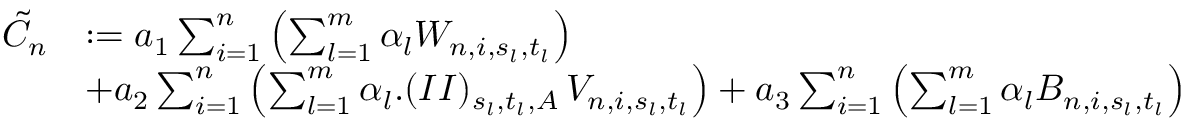
\begin{array} { r l } { \tilde { C } _ { n } } & { : = a _ { 1 } \sum _ { i = 1 } ^ { n } \left( \sum _ { l = 1 } ^ { m } \alpha _ { l } W _ { n , i , s _ { l } , t _ { l } } \right) } \\ & { + a _ { 2 } \sum _ { i = 1 } ^ { n } \left( \sum _ { l = 1 } ^ { m } \alpha _ { l } . ( I I ) _ { s _ { l } , t _ { l } , A } \, V _ { n , i , s _ { l } , t _ { l } } \right) + a _ { 3 } \sum _ { i = 1 } ^ { n } \left( \sum _ { l = 1 } ^ { m } \alpha _ { l } B _ { n , i , s _ { l } , t _ { l } } \right) } \end{array}